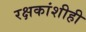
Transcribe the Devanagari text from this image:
रक्षकांशीही